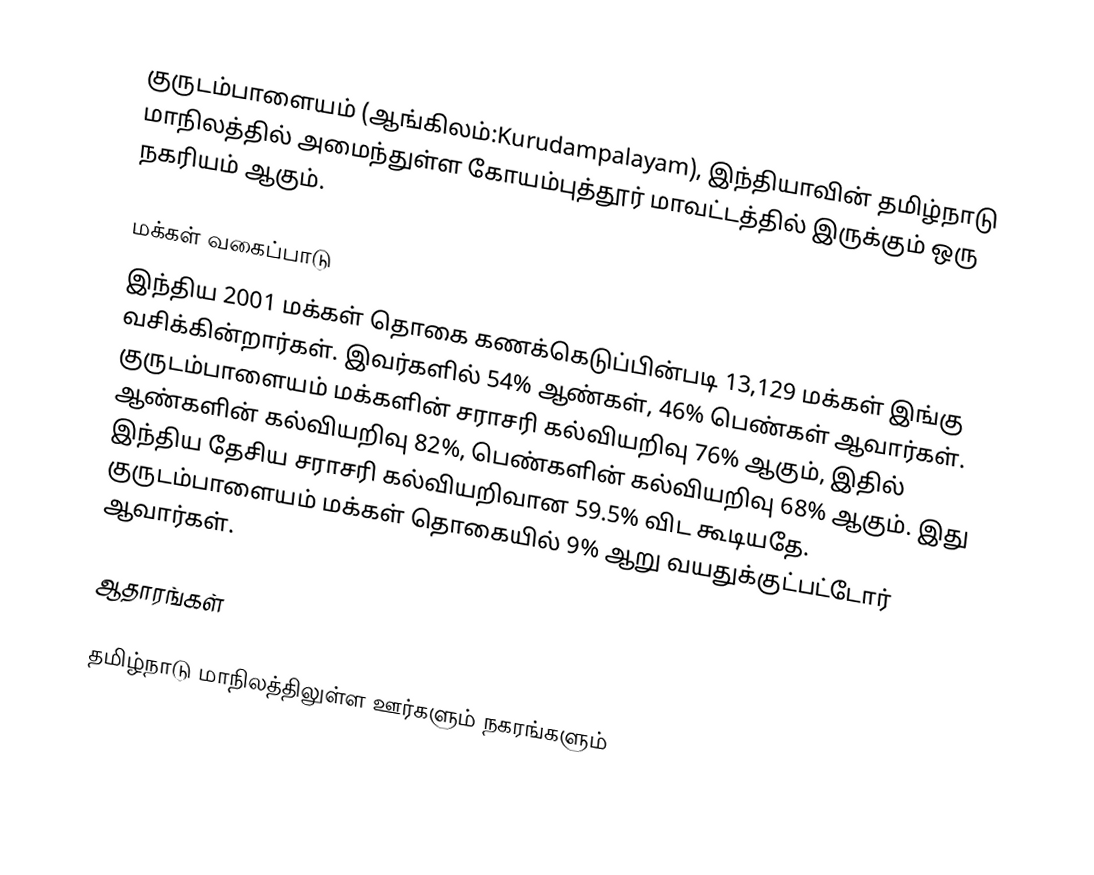
குருடம்பாளையம் (ஆங்கிலம்:Kurudampalayam), இந்தியாவின் தமிழ்நாடு மாநிலத்தில் அமைந்துள்ள கோயம்புத்தூர் மாவட்டத்தில் இருக்கும் ஒரு நகரியம் ஆகும்.

மக்கள் வகைப்பாடு
இந்திய 2001 மக்கள் தொகை கணக்கெடுப்பின்படி 13,129 மக்கள் இங்கு வசிக்கின்றார்கள். இவர்களில் 54% ஆண்கள், 46% பெண்கள் ஆவார்கள். குருடம்பாளையம் மக்களின் சராசரி கல்வியறிவு 76% ஆகும்,  இதில் ஆண்களின் கல்வியறிவு 82%,  பெண்களின் கல்வியறிவு 68% ஆகும். இது இந்திய தேசிய சராசரி கல்வியறிவான 59.5% விட கூடியதே. குருடம்பாளையம் மக்கள் தொகையில் 9%  ஆறு வயதுக்குட்பட்டோர் ஆவார்கள்.

ஆதாரங்கள்

தமிழ்நாடு மாநிலத்திலுள்ள ஊர்களும் நகரங்களும்